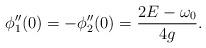
LaTeX: \begin{align*} \phi_1''(0)= -\phi_2''(0) = \frac{2E-\omega_0}{4g}. \end{align*}